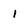
Character: 1